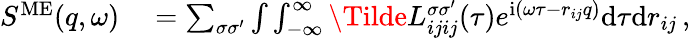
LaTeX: \begin{array}{rl}{S^{\mathrm{ME}}(q,\omega)}&{{}=\sum_{\sigma\sigma^{\prime}}\int\int_{-\infty}^{\infty}\Tilde{L}_{ijij}^{\sigma\sigma^{\prime}}(\tau)e^{\mathrm{i}(\omega\tau-r_{ij}q)}\mathrm{d}\tau\mathrm{d}r_{ij}\, ,}\end{array}